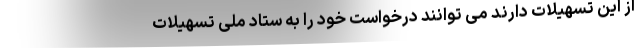
از این تسهیلات دارند می توانند درخواست خود را به ستاد ملی تسهیلات